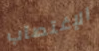
الإغتصاب